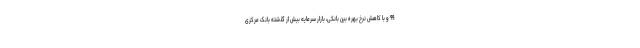
۹۹ و با کاهش نرخ بهره بین بانکی، بازار سرمایه بیش از گذشته بانک مرکزی